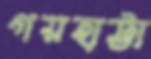
গয়হাট্টা